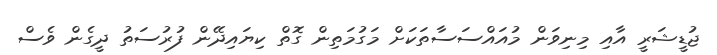
ޖުޑީޝަރީ އާއި މިނިވަން މުއައްސަސާތަކަށް މަގުމަތިން ގޮތް ކިޔައިދޭން ފުރުސަތު ދީގެން ވެސް